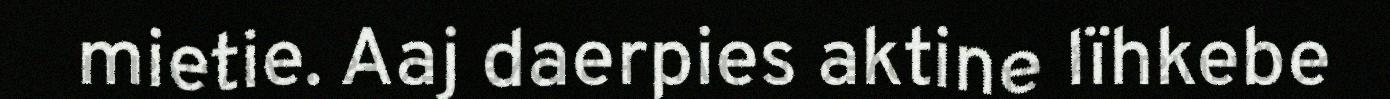
mietie. Aaj daerpies aktine lïhkebe